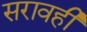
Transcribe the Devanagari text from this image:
सरावही